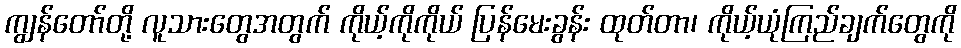
ကျွန်တော်တို့ လူသားတွေအတွက် ကိုယ့်ကိုကိုယ် ပြန်မေးခွန်း ထုတ်တာ၊ ကိုယ့်ယုံကြည်ချက်တွေကို